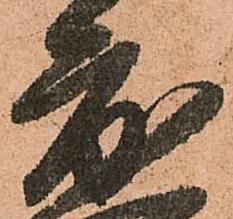
度